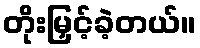
တိုးမြှင့်ခဲ့တယ်။